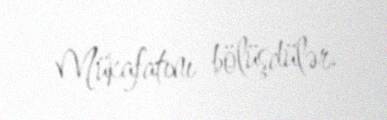
Mükafatını bölüşdülər.